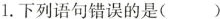
1.下列语句错误的是( )